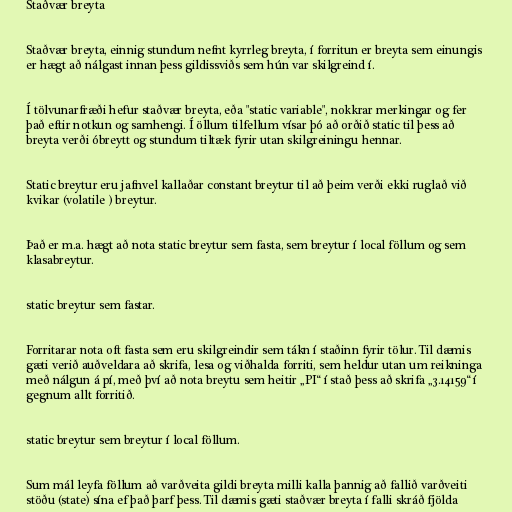
Staðvær breyta

Staðvær breyta, einnig stundum nefnt kyrrleg breyta, í forritun er breyta sem einungis
er hægt að nálgast innan þess gildissviðs sem hún var skilgreind í.

Í tölvunarfræði hefur staðvær breyta, eða "static variable", nokkrar merkingar og fer
það eftir notkun og samhengi. Í öllum tilfellum vísar þó að orðið static til þess að
breyta verði óbreytt og stundum tiltæk fyrir utan skilgreiningu hennar.

Static breytur eru jafnvel kallaðar constant breytur til að þeim verði ekki ruglað við
kvikar (volatile ) breytur.

Það er m.a. hægt að nota static breytur sem fasta, sem breytur í local föllum og sem
klasabreytur.

static breytur sem fastar.

Forritarar nota oft fasta sem eru skilgreindir sem tákn í staðinn fyrir tölur. Til dæmis
gæti verið auðveldara að skrifa, lesa og viðhalda forriti, sem heldur utan um reikninga
með nálgun á pí, með því að nota breytu sem heitir „PI“ í stað þess að skrifa „3.14159“ í
gegnum allt forritið.

static breytur sem breytur í local föllum.

Sum mál leyfa föllum að varðveita gildi breyta milli kalla þannig að fallið varðveiti
stöðu (state) sína ef það þarf þess. Til dæmis gæti staðvær breyta í falli skráð fjölda